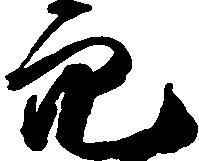
穴